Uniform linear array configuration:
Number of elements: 16
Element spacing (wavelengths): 0.75
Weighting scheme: hamming
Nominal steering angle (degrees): -60
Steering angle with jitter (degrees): -61.583
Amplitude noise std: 0.05
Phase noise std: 0.05

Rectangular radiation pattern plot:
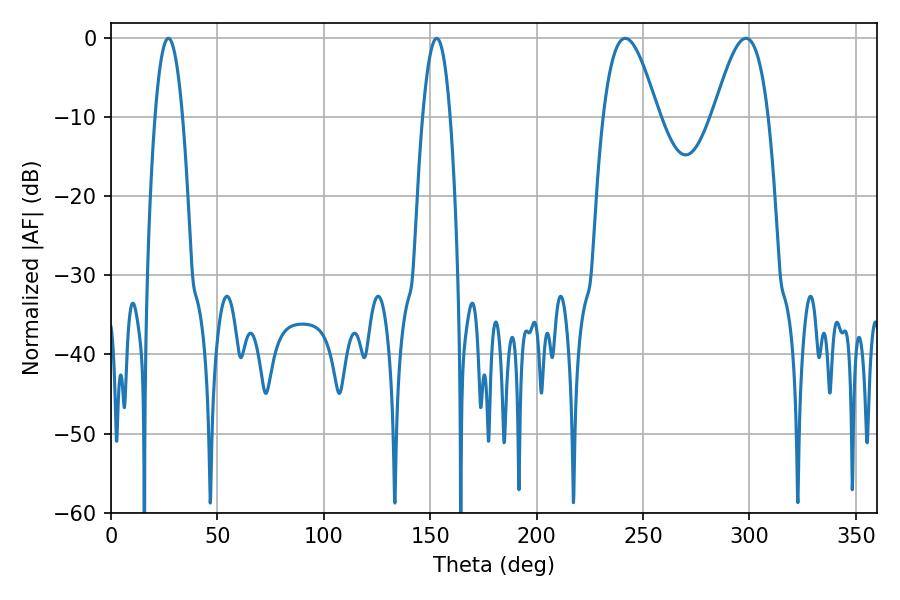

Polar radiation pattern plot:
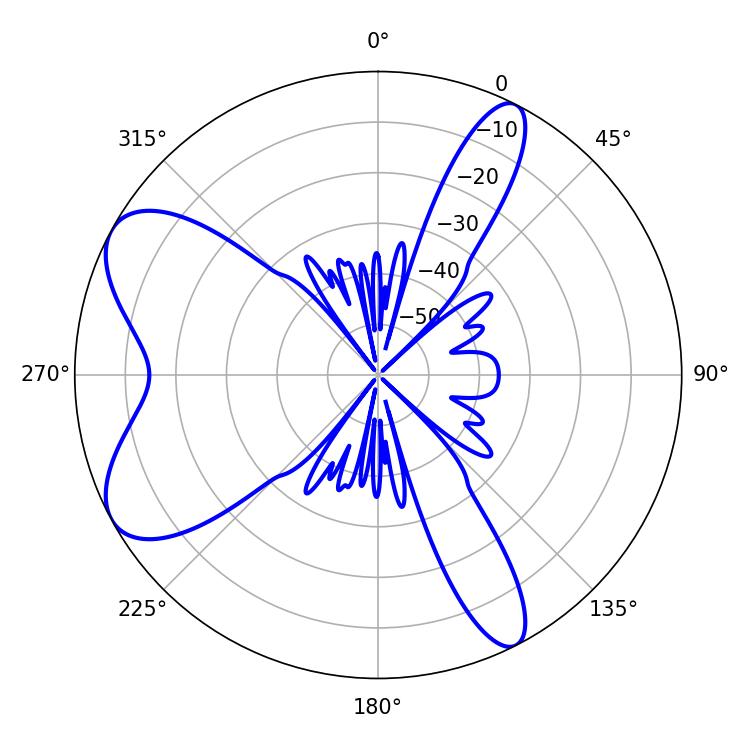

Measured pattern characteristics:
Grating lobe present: TRUE
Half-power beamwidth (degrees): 7.2
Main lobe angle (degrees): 27